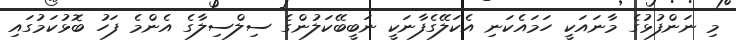
މި ނަންފުޅުގެ މާނައަކީ ހަމައެކަނި އެކަލޭގެފާނަކީ ނަބީބޭކަލުންގެ ސިލްސިލާގެ އެންމެ ފަހު ބޮޅުކަމުގައި